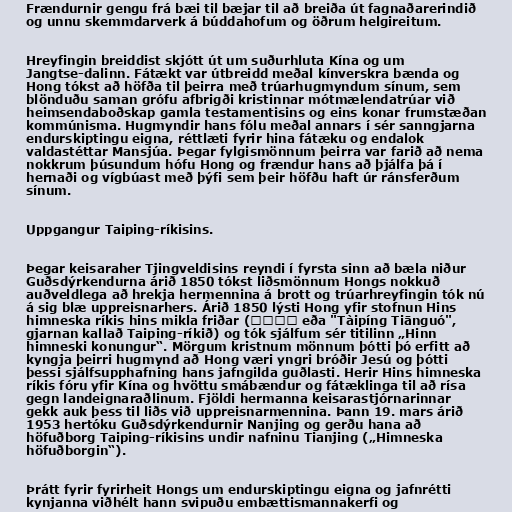
Frændurnir gengu frá bæi til bæjar til að breiða út fagnaðarerindið
og unnu skemmdarverk á búddahofum og öðrum helgireitum.

Hreyfingin breiddist skjótt út um suðurhluta Kína og um
Jangtse-dalinn. Fátækt var útbreidd meðal kínverskra bænda og
Hong tókst að höfða til þeirra með trúarhugmyndum sínum, sem
blönduðu saman grófu afbrigði kristinnar mótmælendatrúar við
heimsendaboðskap gamla testamentisins og eins konar frumstæðan
kommúnisma. Hugmyndir hans fólu meðal annars í sér sanngjarna
endurskiptingu eigna, réttlæti fyrir hina fátæku og endalok
valdastéttar Mansjúa. Þegar fylgismönnum þeirra var farið að nema
nokkrum þúsundum hófu Hong og frændur hans að þjálfa þá í
hernaði og vígbúast með þýfi sem þeir höfðu haft úr ránsferðum
sínum.

Uppgangur Taiping-ríkisins.

Þegar keisaraher Tjingveldisins reyndi í fyrsta sinn að bæla niður
Guðsdýrkendurna árið 1850 tókst liðsmönnum Hongs nokkuð
auðveldlega að hrekja hermennina á brott og trúarhreyfingin tók nú
á sig blæ uppreisnarhers. Árið 1850 lýsti Hong yfir stofnun Hins
himneska ríkis hins mikla friðar (太平天囯 eða "Tàipíng Tiānguó",
gjarnan kallað Taiping-ríkið) og tók sjálfum sér titilinn „Hinn
himneski konungur“. Mörgum kristnum mönnum þótti þó erfitt að
kyngja þeirri hugmynd að Hong væri yngri bróðir Jesú og þótti
þessi sjálfsupphafning hans jafngilda guðlasti. Herir Hins himneska
ríkis fóru yfir Kína og hvöttu smábændur og fátæklinga til að rísa
gegn landeignaraðlinum. Fjöldi hermanna keisarastjórnarinnar
gekk auk þess til liðs við uppreisnarmennina. Þann 19. mars árið
1953 hertóku Guðsdýrkendurnir Nanjing og gerðu hana að
höfuðborg Taiping-ríkisins undir nafninu Tianjing („Himneska
höfuðborgin“).

Þrátt fyrir fyrirheit Hongs um endurskiptingu eigna og jafnrétti
kynjanna viðhélt hann svipuðu embættismannakerfi og